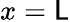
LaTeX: x=\mathsf{L}